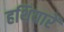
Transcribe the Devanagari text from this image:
हथियारें